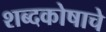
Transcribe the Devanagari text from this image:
शब्दकोषाचे